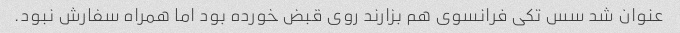
عنوان شد سس تکی فرانسوی هم بزارند روی قبض خورده بود اما همراه سفارش نبود.